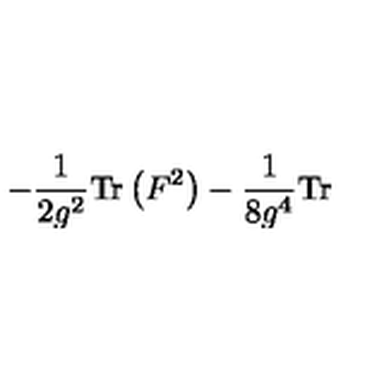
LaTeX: - \frac { 1 } { 2 g ^ { 2 } } \mathrm { T r } \left( F ^ { 2 } \right) - \frac { 1 } { 8 g ^ { 4 } } \mathrm { T r }